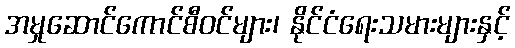
အမှုဆောင်ကောင်စီဝင်များ၊ နိုင်ငံရေးသမားများနှင့်